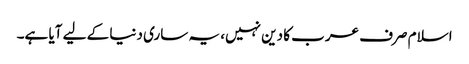
اسلام صرف عرب کا دین نہیں، یہ ساری دنیا کے لیے آیا ہے۔